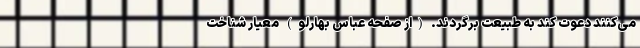
می‌کنند دعوت کند به طبیعت برگردند. (از صفحه عباس بهارلو) معیار شناخت